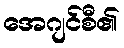
အေဂျင်စီ၏